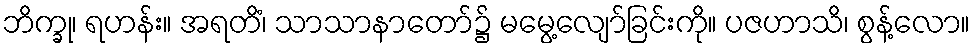
ဘိက္ခု၊ ရဟန်း။ အရတိံ၊ သာသာနာတော်၌ မမွေ့လျော်ခြင်းကို။ ပဇဟာသိ၊ စွန့်လော။